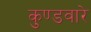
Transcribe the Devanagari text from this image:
कुण्डवारे